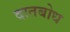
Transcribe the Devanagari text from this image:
दातबोध